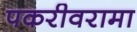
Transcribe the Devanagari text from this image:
पकरीवरामा